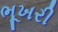
ભૂખરી